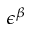
\epsilon ^ { \beta }